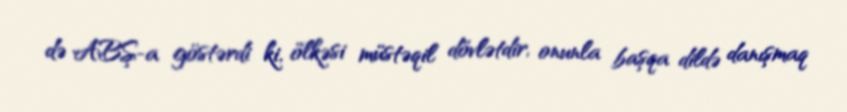
də ABŞ-a göstərdi ki, ölkəsi müstəqil dövlətdir, onunla başqa dildə danışmaq